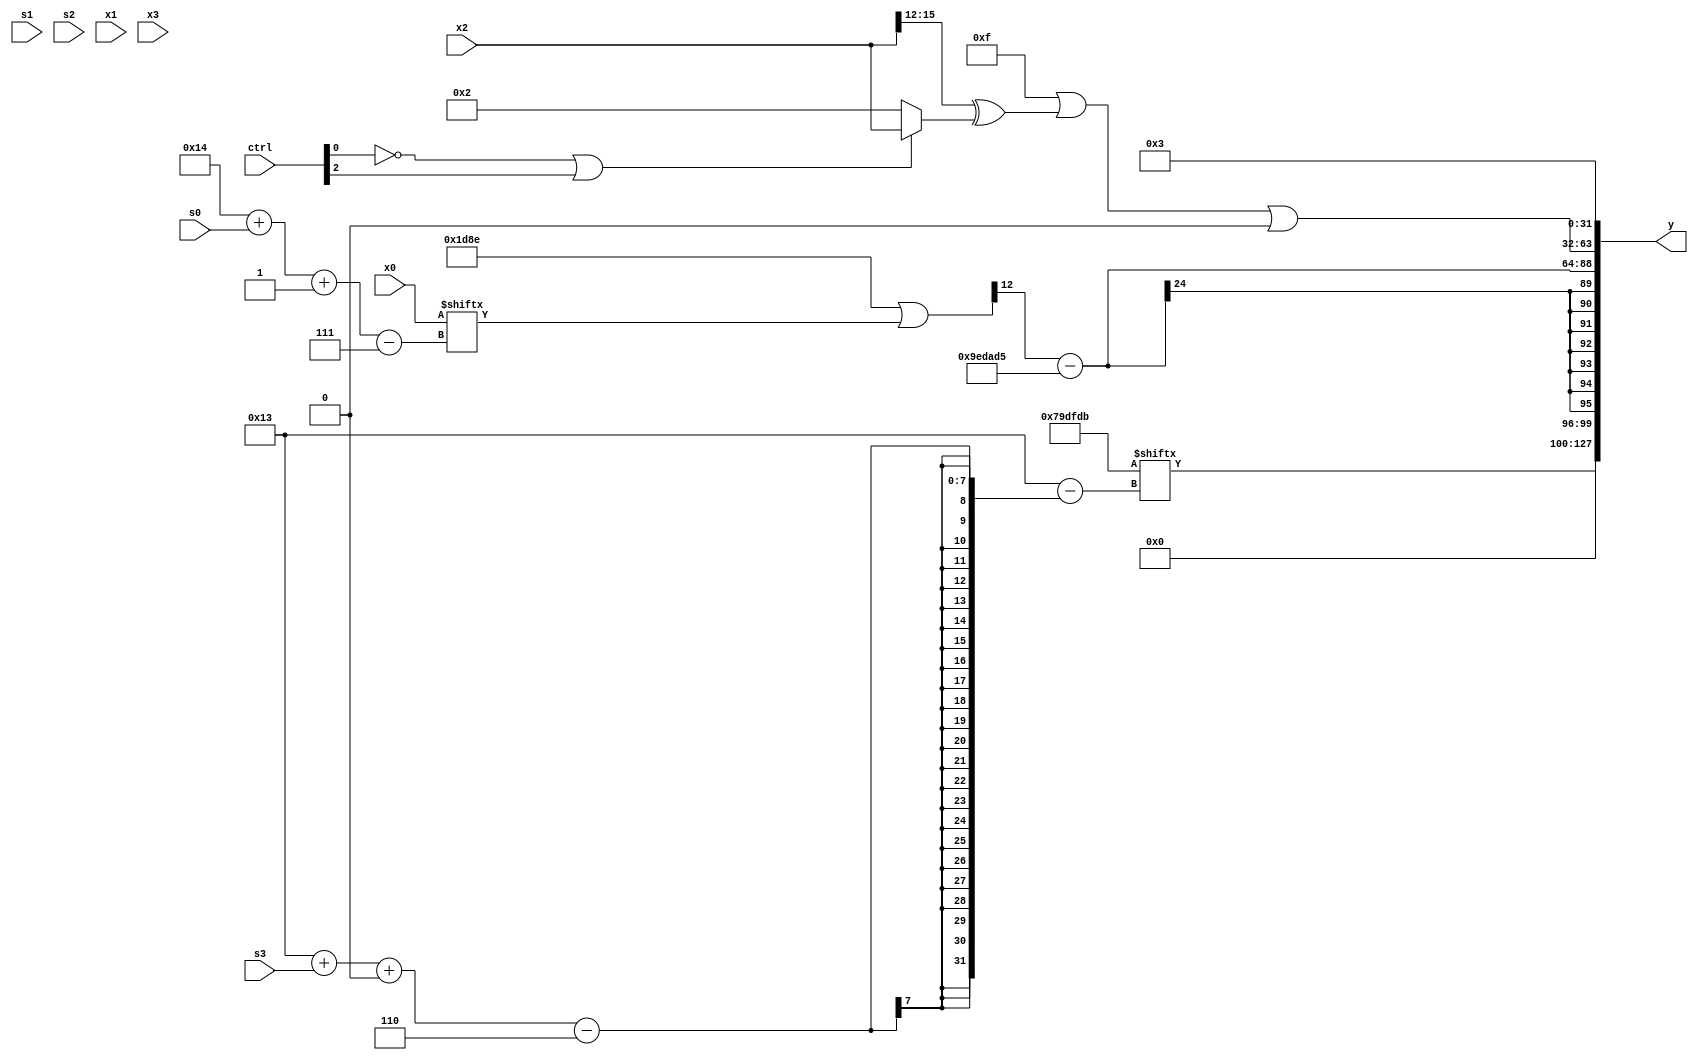
module partsel_00317(ctrl, s0, s1, s2, s3, x0, x1, x2, x3, y);
  input [3:0] ctrl;
  input [2:0] s0;
  input [2:0] s1;
  input [2:0] s2;
  input [2:0] s3;
  input [31:0] x0;
  input signed [31:0] x1;
  input signed [31:0] x2;
  input signed [31:0] x3;
  wire signed [5:27] x4;
  wire [0:25] x5;
  wire [25:1] x6;
  wire [27:7] x7;
  wire [30:6] x8;
  wire [2:27] x9;
  wire [6:30] x10;
  wire [0:26] x11;
  wire [26:3] x12;
  wire signed [4:24] x13;
  wire signed [29:0] x14;
  wire [5:28] x15;
  output [127:0] y;
  wire signed [31:0] y0;
  wire signed [31:0] y1;
  wire signed [31:0] y2;
  wire signed [31:0] y3;
  assign y = {y0,y1,y2,y3};
  localparam signed [31:5] p0 = 288169536;
  localparam signed [1:24] p1 = 748608213;
  localparam signed [30:0] p2 = 34004366;
  localparam [6:28] p3 = 435806171;
  assign x4 = p0[10 +: 2];
  assign x5 = (x1[12] & (!ctrl[1] || !ctrl[3] && !ctrl[2] ? x3 : (p1[5 + s1 +: 6] ^ {x3[20 -: 3], (p1 - (p2[30 + s1 -: 7] - p2[10 +: 3]))})));
  assign x6 = x2[14 +: 2];
  assign x7 = (ctrl[1] || !ctrl[0] && !ctrl[3] ? {p3[17], x0[19 + s0 +: 4]} : ({(x5 - (p1[14 +: 2] & (x3 & x4[0 + s2 -: 4]))), ((x2[5 + s0] & x0) + (p1[12 + s0] & x4[18]))} ^ x3[17 + s0 +: 2]));
  assign x8 = x1[18 +: 1];
  assign x9 = ((ctrl[2] && !ctrl[2] || !ctrl[1] ? (!ctrl[1] && !ctrl[2] && ctrl[3] ? x7[23 -: 4] : x2[19 + s3]) : x1) + ({p0, ((!ctrl[2] && ctrl[0] || !ctrl[3] ? x6 : p3) ^ {p1[26 + s2 +: 7], x6[13 + s1 +: 6]})} & x3[11 + s2 +: 5]));
  assign x10 = {p0[23], p1};
  assign x11 = (p2 | x0[20 + s0 -: 7]);
  assign x12 = x2;
  assign x13 = x9[13 +: 1];
  assign x14 = x5[16 + s1 -: 2];
  assign x15 = x9[4 + s0];
  assign y0 = p3[19 + s3 +: 4];
  assign y1 = (x11[13 +: 2] - p1);
  assign y2 = ((p3[21 -: 4] | (x12[18 -: 4] ^ (!ctrl[0] || ctrl[2] && ctrl[2] ? x2 : {(p2[18] | (x8[19 +: 3] & x13[4 + s0])), x14[13]}))) | x8[18 -: 4]);
  assign y3 = {2{p3[22 -: 1]}};
endmodule